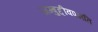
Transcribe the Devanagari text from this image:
जम्बुद्दीवपन्नति